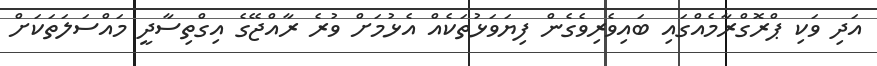
އަދި ވަކި ޕްރޮގްރާމެއްގައި ބައިވެރިވެގެން ފިޔަވަޅުތަކެއް އެޅުމަށް ވުރެ ރާއްޖޭގެ އިގްތިސާދީ މައްސަލަތަކަށް